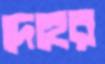
দেহের